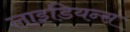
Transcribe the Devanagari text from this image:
लाइडियन्स